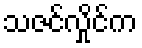
သဇင်လှိုင်က